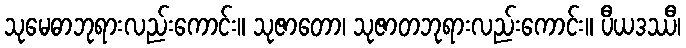
သုမေဓာဘုရားလည်းကောင်း။ သုဇာတော၊ သုဇာတဘုရားလည်းကောင်း။ ပီယဒဿီ၊